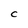
Character: C